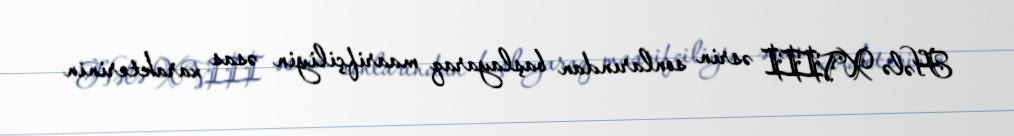
Hələ XVIII əsrin sonlarından başlayaraq maarifçiliyin əsas xarakterinin